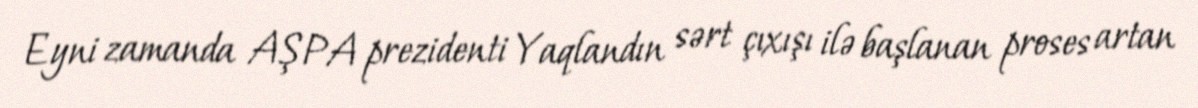
Eyni zamanda AŞPA prezidenti Yaqlandın sərt çıxışı ilə başlanan proses artan